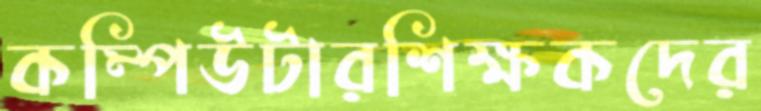
কম্পিউটারশিক্ষকদের